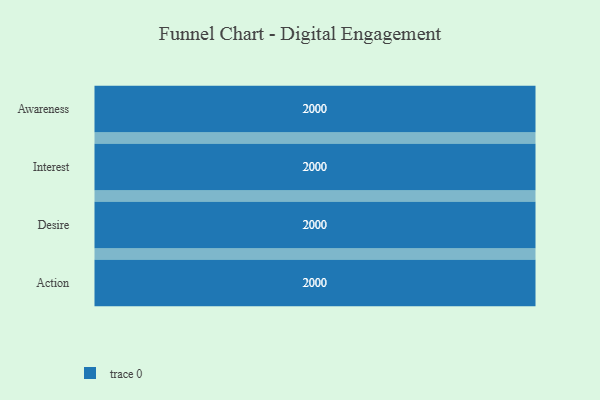
{"axis": {"x": "Stage", "y": "Value"}, "legend": [""], "data": [{"x": "Awareness", "y": 2000, "type": ""}, {"x": "Interest", "y": 2000, "type": ""}, {"x": "Desire", "y": 2000, "type": ""}, {"x": "Action", "y": 2000, "type": ""}]}